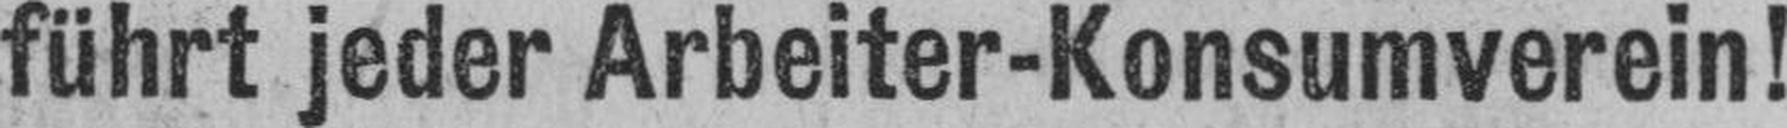
führt jeder Arbeiter-Konsumverein!